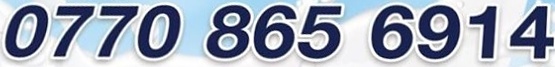
0770 865 6914